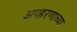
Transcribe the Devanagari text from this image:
अपहरणाच्या